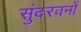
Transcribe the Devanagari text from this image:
सुंदरवनों